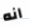
انه